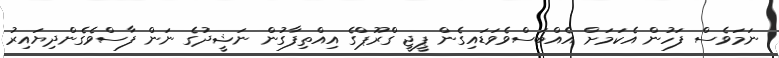
ނަމަވެސް ފަހުން އެކަމަށް އެއްބަސްވެވަޑައިގެން ޕީޖީ ގްރޫޕްގެ އިއްތިފާގުން ނަޝީދުގެ ނަން ފާސްވެގެންދިޔައިރު